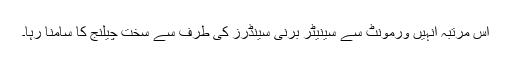
اس مرتبہ انہیں ورمونٹ سے سینیٹر برنی سینڈرز کی طرف سے سخت چیلنج کا سامنا رہا۔